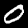
Digit: 0